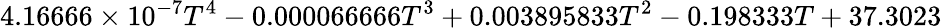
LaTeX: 4.16666\times 10^{-7}T^{4}-0.000066666T^{3}+0.003895833T^{2}-0.198333T+37.3023